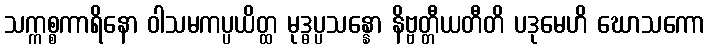
သက္ကစ္စကာရိနော ဝါသမကပ္ပယိတ္ထ မုဒ္ဓပ္ပသန္နော နိဗ္ဗတ္တီယတီတိ ပဒုမေဟိ ဃောသကော